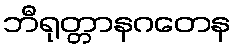
ဘီရုတ္တာနဂတေန